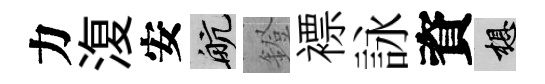
力𣸪安航鐙褾詠資想